Civil Veterinary Dept. Bombay admin report 1923-31 - 1923-1931
Year: 1923
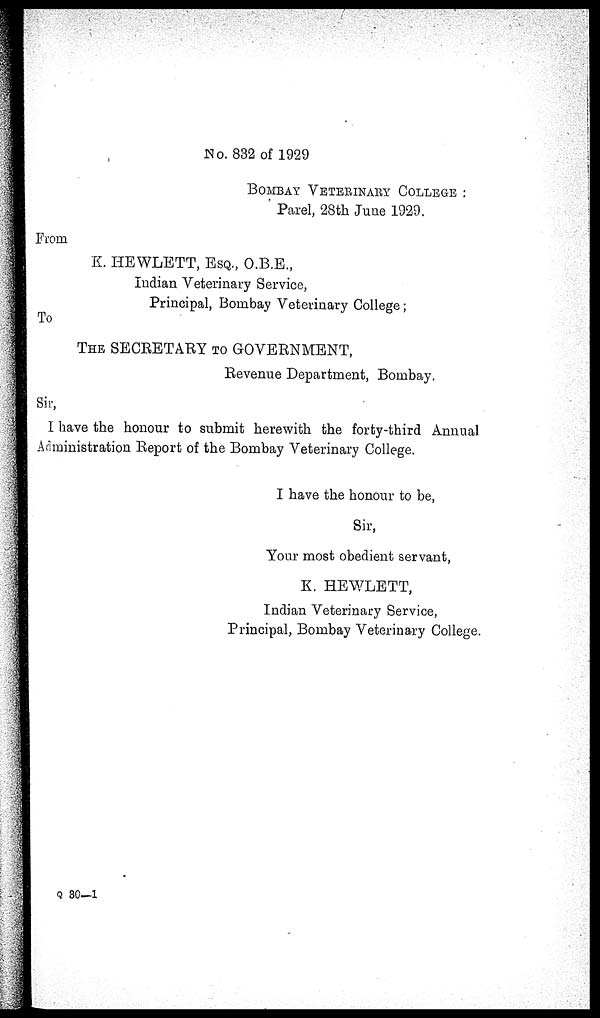
No. 832 of 1929
BOMBAY VETERINARY COLLEGE.
Parel, 28th June 1929.
From
K. HEWLETT, ESQ., O.B.E.,
Indian Veterinary Service,
Principal, Bombay Veterinary College;
To
THE SECRETARY TO GOVERNMENT,
Revenue Department, Bombay.
Sir,
I have the honour to submit herewith the forty-third Annual
Administration Report of the Bombay Veterinary College.
I have the honour to be,
Sir,
Your most obedient servant,
K. HEWLETT,
Indian Veterinary Service,
Principal, Bombay Veterinary College.
Q 30—1